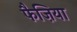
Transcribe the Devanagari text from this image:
फैज़िया